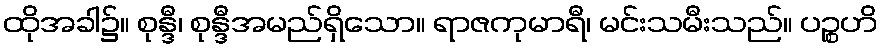
ထိုအခါ၌။ စုန္ဒီ၊ စုန္ဒီအမည်ရှိသော။ ရာဇကုမာရီ၊ မင်းသမီးသည်။ ပဉ္စဟိ